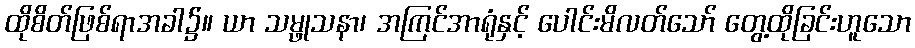
ထိုစိတ်ဖြစ်ရာအခါ၌။ ယာ သမ္ဖုသနာ၊ အကြင်အာရုံနှင့် ပေါင်းမိလတ်သော် တွေ့ထိုခြင်းဟူသော